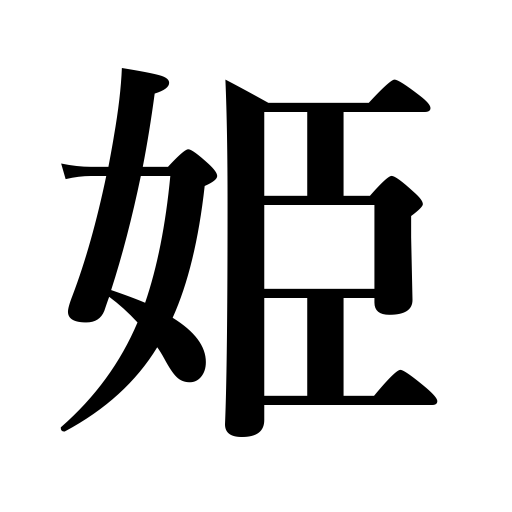
Meanings: princess,little,pretty,young lady of birth